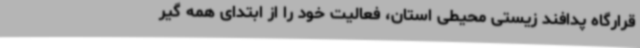
قرارگاه پدافند زیستی محیطی استان، فعالیت خود را از ابتدای همه گیر